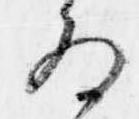
為